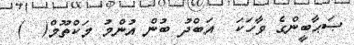
ޞަޙާބީންގެ ވާހަކަ  އަބްދު ބުން އުންމު މަކްތޫމް(  )